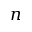
n